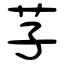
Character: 芓